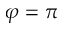
\varphi = \pi